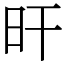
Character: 旰